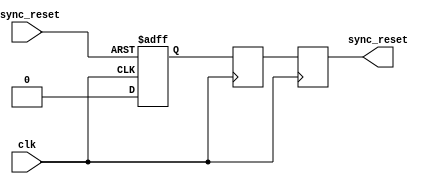
module async_reset_synchronizer (
    input wire async_reset,      // Asynchronous reset input
    input wire clk,             // Clock input
    output reg sync_reset       // Synchronized reset output
);

    // Internal signals for the flip-flops
    reg ff1, ff2;

    // Sequential logic to synchronize the asynchronous reset signal
    always @(posedge clk or posedge async_reset) begin
        if (async_reset) begin
            ff1 <= 1'b1;         // Assert ff1 when async_reset is high
        end else begin
            ff1 <= 1'b0;         // Deassert ff1 when async_reset is low
        end
    end

    always @(posedge clk) begin
        ff2 <= ff1;               // Chain second flip-flop
    end

    // Output the synchronized reset
    always @(posedge clk) begin
        sync_reset <= ff2;       // Synchronized reset output
    end

endmodule